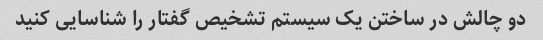
دو چالش در ساختن یک سیستم تشخیص گفتار را شناسایی کنید